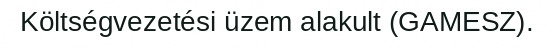
Költségvezetési üzem alakult (GAMESZ).